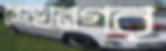
শেখনগর